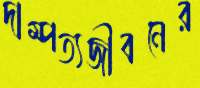
দাম্পত্যজীবনের